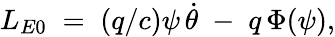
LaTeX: L_{E0}\; =\; (q/c)\psi\, \dot{\theta}\; -\; q\, \Phi(\psi),